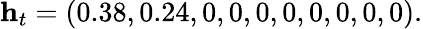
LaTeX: \mathbf{h}_{t}=(0.38,0.24,0,0,0,0,0,0,0,0).